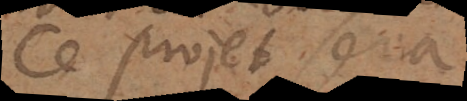
Ce projet sera